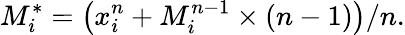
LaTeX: M_{i}^{*}=\left(x_{i}^{n}+M_{i}^{n-1}\times\left(n-1\right)\right)/n.